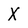
Character: X